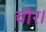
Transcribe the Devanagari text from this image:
चोर।